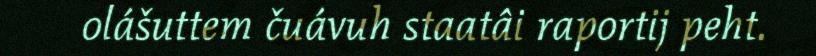
olášuttem čuávuh staatâi raportij peht.